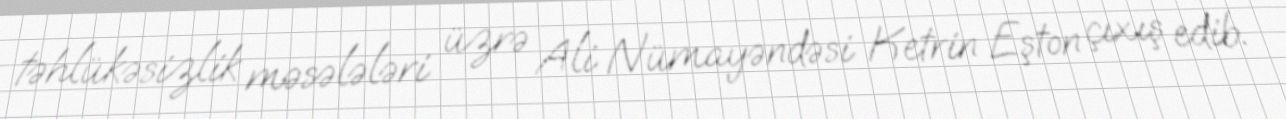
təhlükəsizlik məsələləri üzrə Ali Nümayəndəsi Ketrin Eşton çıxış edib.